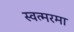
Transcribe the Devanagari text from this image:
स्वत्मरमा